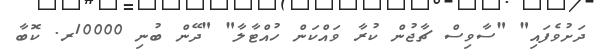
ދަށުވެފައި" "ސާވިސް ޗާޖުން ކުރާ ވައްކަން ހުއްޓާލާ" "ދޭން ބުނި 10000ރ. ކޮބާ